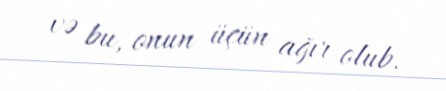
və bu, onun üçün ağır olub.